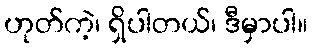
ဟုတ်ကဲ့၊ ရှိပါတယ်၊ ဒီမှာပါ။